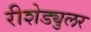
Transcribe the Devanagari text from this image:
रीशेड्युलर